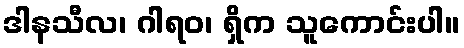
ဒါနသီလ၊ ဂါရဝ၊ ရှိက သူကောင်းပါ။